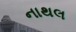
નાથલ